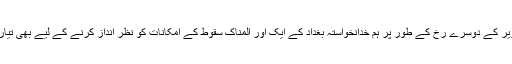
لیکن تصویر کے دوسرے رخ کے طور پر ہم خدانخواستہ بغداد کے ایک اور المناک سقوط کے امکانات کو نظر انداز کرنے کے لیے بھی تیار نہیں ہیں۔